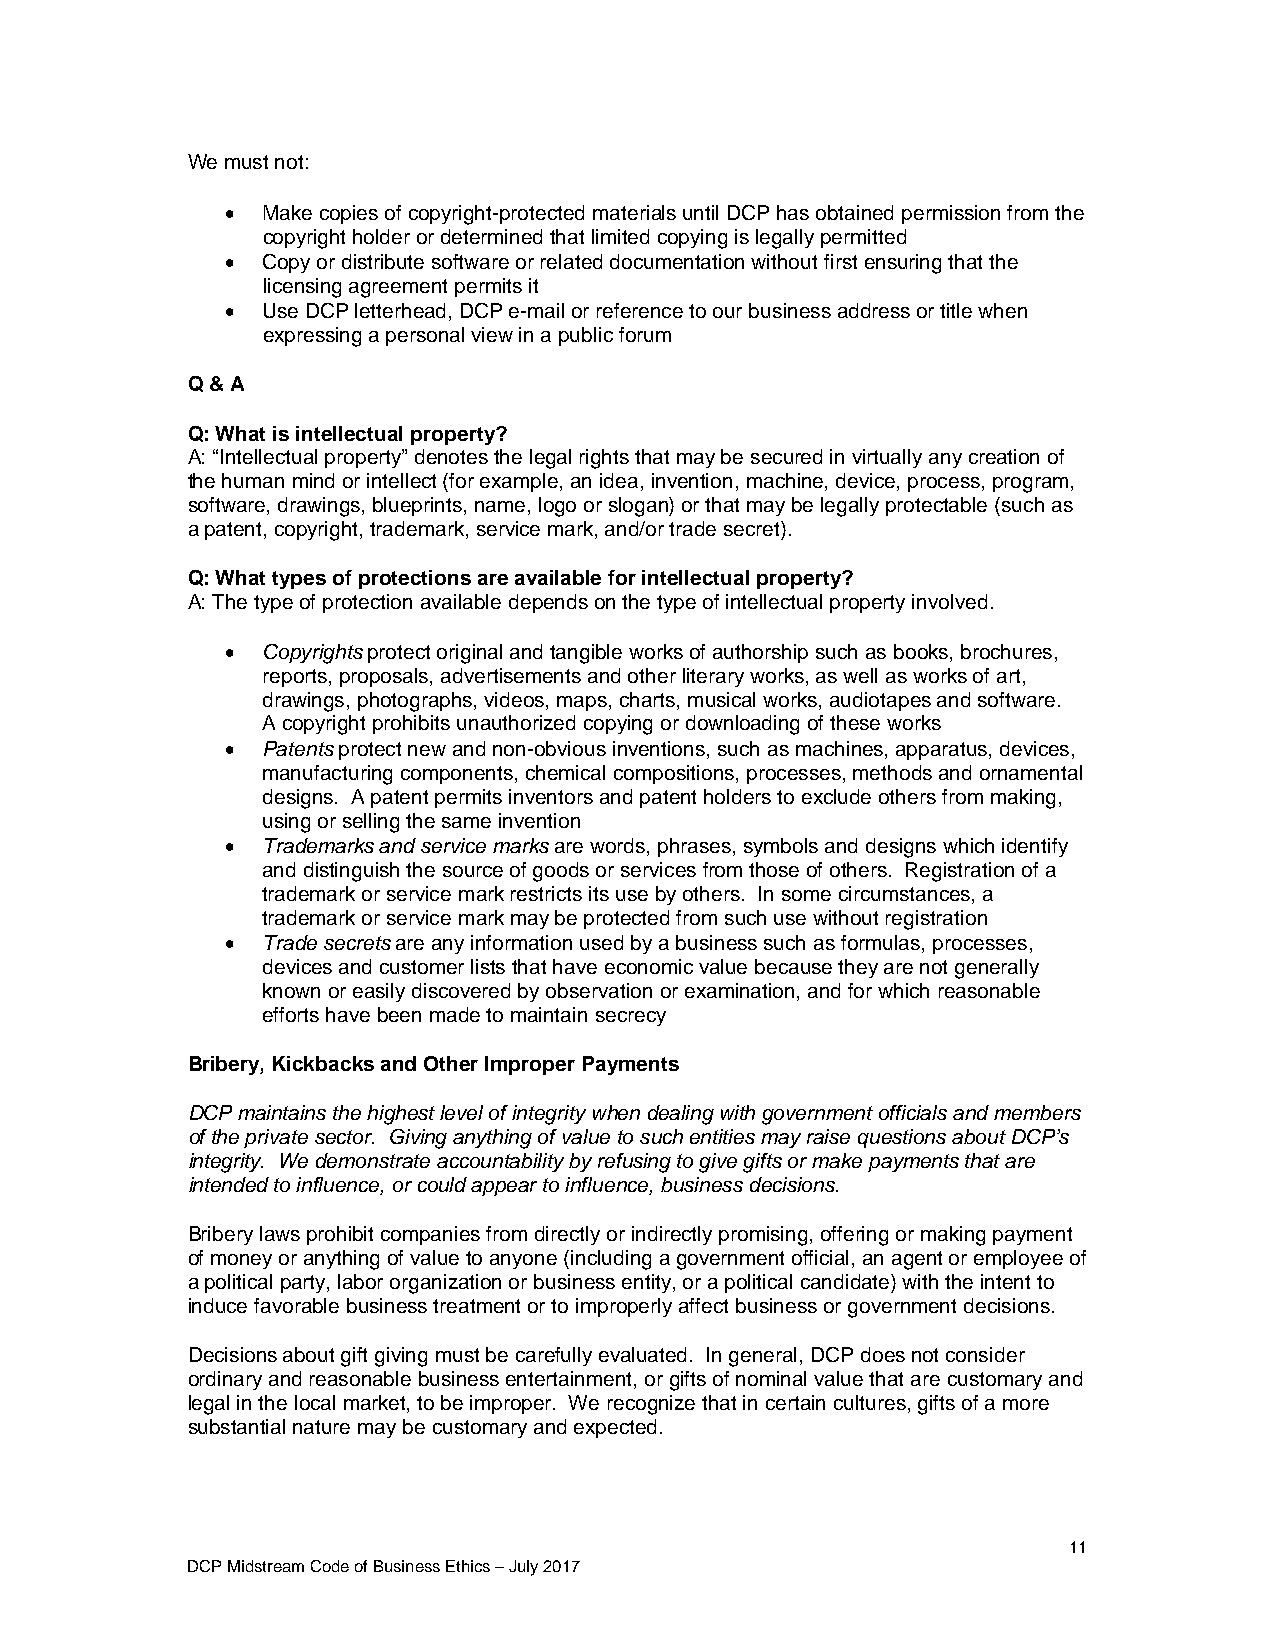
We must not:
  Make copies of copyright-protected materials until DCP has obtained permission from the
 copyright holder or determined that limited copying is legally permitted
  Copy or distribute software or related documentation without first ensuring that the
 licensing agreement permits it
  Use DCP letterhead, DCP e-mail or reference to our business address or title when
 expressing a personal view in a public forum
 Q & A
 Q: What is intellectual property?
 A: “Intellectual property” denotes the legal rights that may be secured in virtually any creation of
 the human mind or intellect (for example, an idea, invention, machine, device, process, program,
 software, drawings, blueprints, name, logo or slogan) or that may be legally protectable (such as
 a patent, copyright, trademark, service mark, and/or trade secret).
 Q: What types of protections are available for intellectual property?
 A: The type of protection available depends on the type of intellectual property involved.
  Copyrights protect original and tangible works of authorship such as books, brochures,
 reports, proposals, advertisements and other literary works, as well as works of art,
 drawings, photographs, videos, maps, charts, musical works, audiotapes and software.
 A copyright prohibits unauthorized copying or downloading of these works
  Patents protect new and non-obvious inventions, such as machines, apparatus, devices,
 manufacturing components, chemical compositions, processes, methods and ornamental
 designs. A patent permits inventors and patent holders to exclude others from making,
 using or selling the same invention
  Trademarks and service marks are words, phrases, symbols and designs which identify
 and distinguish the source of goods or services from those of others. Registration of a
 trademark or service mark restricts its use by others. In some circumstances, a
 trademark or service mark may be protected from such use without registration
  Trade secrets are any information used by a business such as formulas, processes,
 devices and customer lists that have economic value because they are not generally
 known or easily discovered by observation or examination, and for which reasonable
 efforts have been made to maintain secrecy
 Bribery, Kickbacks and Other Improper Payments
 DCP maintains the highest level of integrity when dealing with government officials and members
 of the private sector. Giving anything of value to such entities may raise questions about DCP’s
 integrity. We demonstrate accountability by refusing to give gifts or make payments that are
 intended to influence, or could appear to influence, business decisions.
 Bribery laws prohibit companies from directly or indirectly promising, offering or making payment
 of money or anything of value to anyone (including a government official, an agent or employee of
 a political party, labor organization or business entity, or a political candidate) with the intent to
 induce favorable business treatment or to improperly affect business or government decisions.
 Decisions about gift giving must be carefully evaluated. In general, DCP does not consider
 ordinary and reasonable business entertainment, or gifts of nominal value that are customary and
 legal in the local market, to be improper. We recognize that in certain cultures, gifts of a more
 substantial nature may be customary and expected.
 11
 DCP Midstream Code of Business Ethics – July 2017